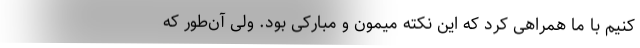
کنیم با ما همراهی کرد که این نکته میمون و مبارکی بود. ولی آن‌طور که